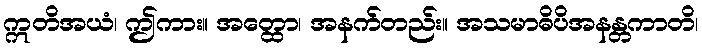
ဣတိအယံ၊ ဤကား။ အတ္ထော၊ အနက်တည်း။ အသမာဓိပိအနန္တကာတိ၊